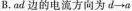
B.ad边的电流方向为d\longrightarrow a